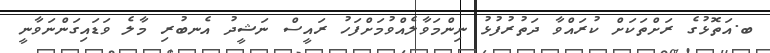
ބ.އަތޮޅުގެ ރަށްތަކަށް ކުރައްވާ ދަތުރުފުޅު ނިންމަވާލެއްވުމަށްފަހު ރައީސް ނަޝީދު އެނބުރި މާލެ ވަޑައިގަންނަވާނީ